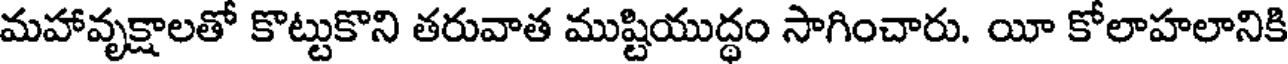
మహావృక్షాలతో కొట్టుకొని తరువాత ముష్టియుద్ధం సాగించారు. యీ కోలాహలానికి